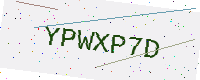
Text: YPWXP7D